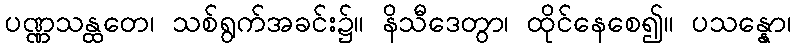
ပဏ္ဏသန္ထတေ၊ သစ်ရွက်အခင်း၌။ နိသီဒေတွာ၊ ထိုင်နေစေ၍။ ပသန္နော၊